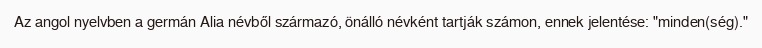
Az angol nyelvben a germán Alia névből származó, önálló névként tartják számon, ennek jelentése: "minden(ség)."